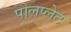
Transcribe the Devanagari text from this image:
पोलप्लेट